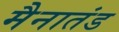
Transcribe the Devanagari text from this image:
मैनातंड